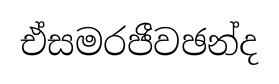
ඒසමරජීවඡන්ද